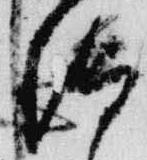
御